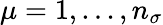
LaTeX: \mu=1,...,n_{\sigma}